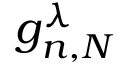
g _ { n , N } ^ { \lambda }